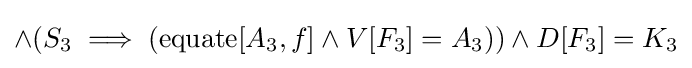
\land (S_{3}\implies (\operatorname {equate} [A_{3},f]\land V[F_{3}]=A_{3}))\land D[F_{3}]=K_{3}